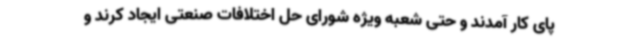
پای کار آمدند و حتی شعبه ویژه شورای حل اختلافات صنعتی ایجاد کرند و